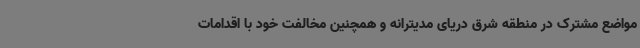
مواضع مشترک در منطقه شرق دریای مدیترانه و همچنین مخالفت خود با اقدامات